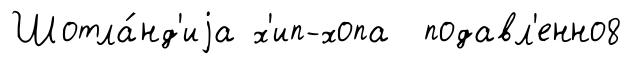
Шотла́нд'иjа х'ип-хопа подавл'енно8